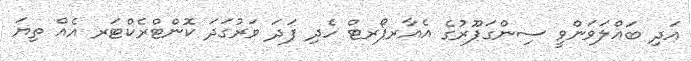
އަދި ބައްލަވަންވީ ސިންގަޕޫރުގެ އެއާރޕޯރޓް ހެދި ފަދަ ވަރުގަދަ ކޮންޓްރެކްޓަރ އެއް ތިޔަ